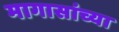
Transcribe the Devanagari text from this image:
मागासांच्या